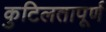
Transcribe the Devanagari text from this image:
कुटिलतापूर्ण